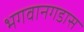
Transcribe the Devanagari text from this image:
भगवानगडास